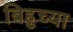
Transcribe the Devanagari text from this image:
बिहुच्या